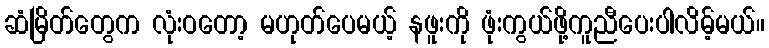
ဆံမြိတ်တွေက လုံးဝတော့ မဟုတ်ပေမယ့် နဖူးကို ဖုံးကွယ်ဖို့ကူညီပေးပါလိမ့်မယ်။